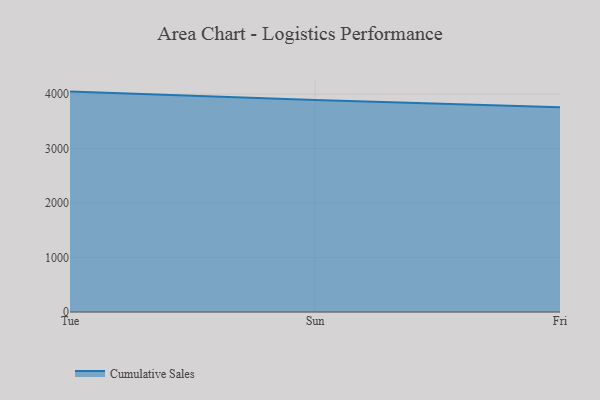
{"axis": {"x": "Day", "y": "Net Income (USD K)"}, "legend": ["Cumulative Sales"], "data": [{"x": "Tue", "y": 4046.5, "type": "Cumulative Sales"}, {"x": "Sun", "y": 3890.3, "type": "Cumulative Sales"}, {"x": "Fri", "y": 3760.2, "type": "Cumulative Sales"}]}